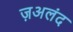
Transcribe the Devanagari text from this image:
ज़अलंद